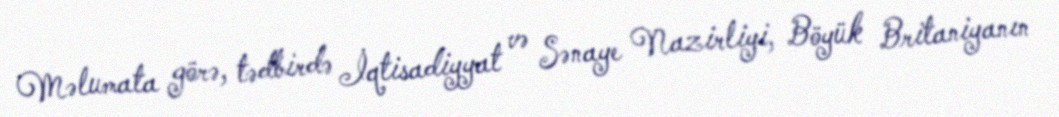
Məlumata görə, tədbirdə İqtisadiyyat və Sənaye Nazirliyi, Böyük Britaniyanın